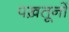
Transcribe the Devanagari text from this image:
पख़तूनों